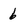
Character: 6